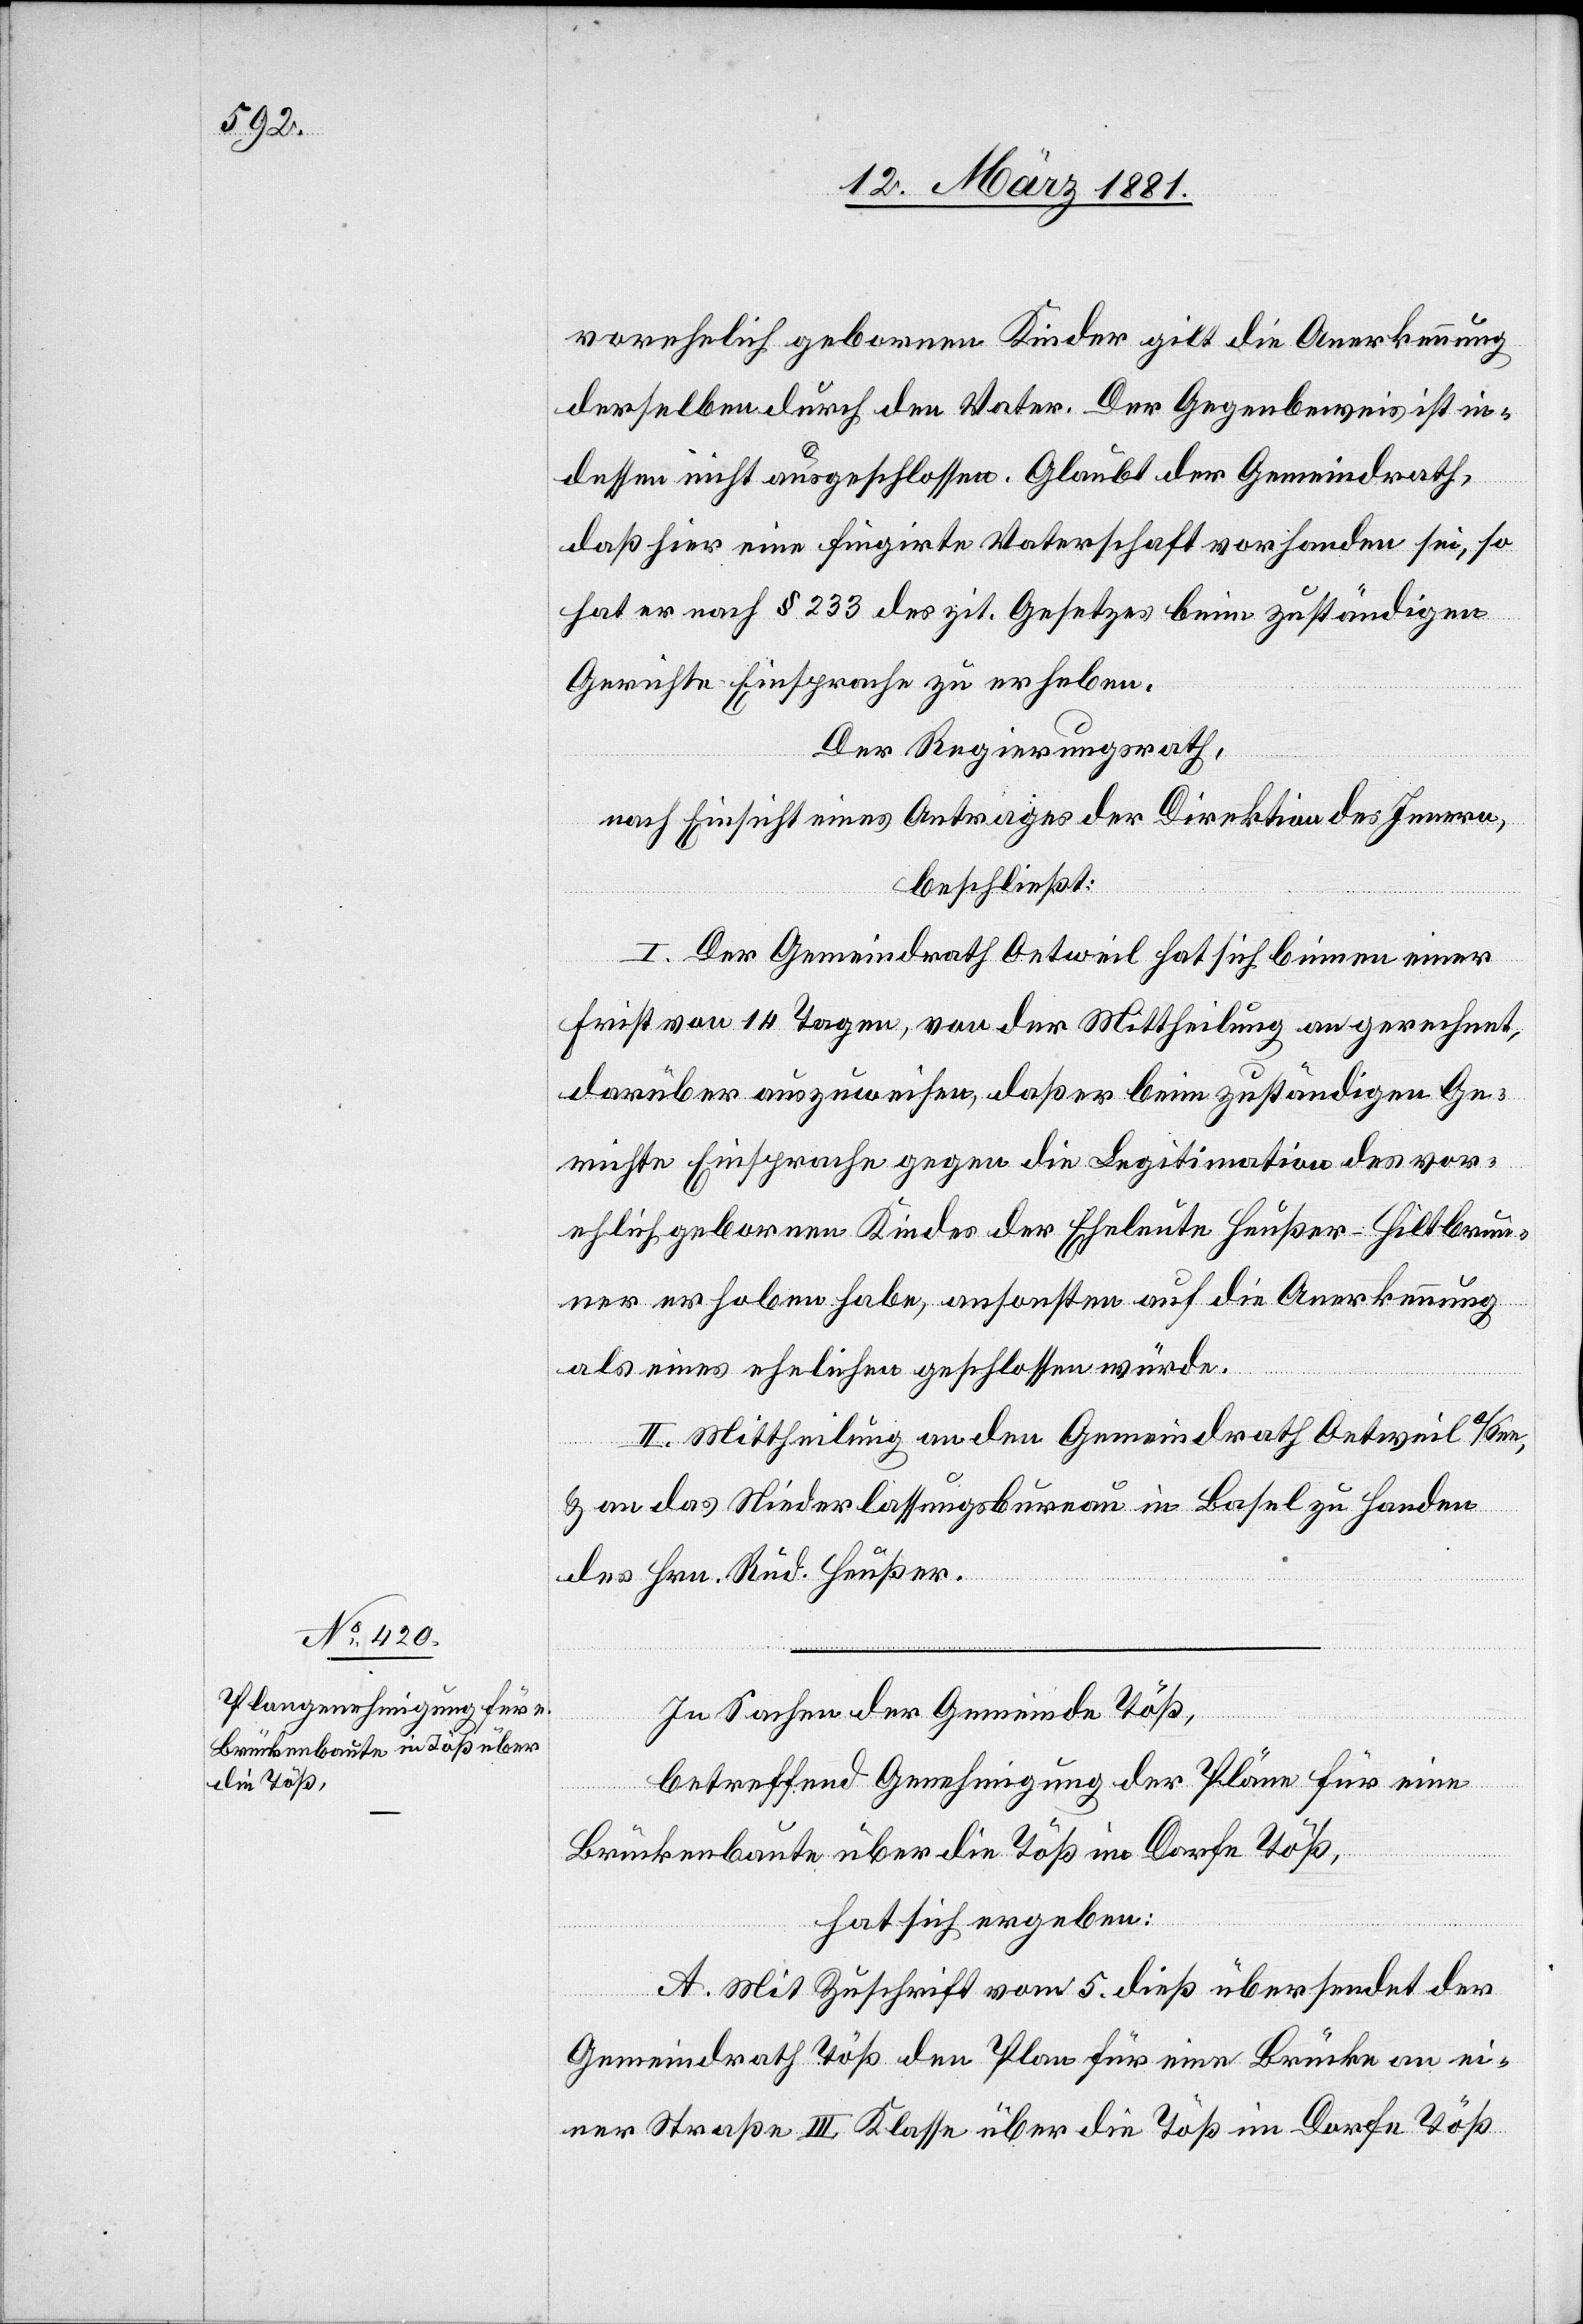
die Töß,

vorehelich gebornen Kinder gilt die Anerkennung
derselben durch den Vater. Der Gegenbeweis ist in¬
dessen nicht ausgeschlossen. Glaubt der Gemeindrath,
daß hier eine fingirte Vaterschaft vorhanden sei, so
hat er nach § 233 des zit. Gesetzes beim zuständigen
Gerichte Einsprache zu erheben.
Der Regierungsrath,
nach Einsicht eines Antrages der Direktion des Innern,
beschließt:
I. Der Gemeindrath Oetweil hat sich binnen einer
Frist von 14 tagen, von der Mittheilung an gerechnet,
darüber auszuweisen, daß er beim zuständigen Ge¬
richte Einsprache gegen die Legitimation des vor¬
ehelich gebornen Kindes der Eheleute Heußer-Hiltbrun¬
ner erhoben habe, ansonsten auf die Anerkennung
als eines ehelichen geschlossen würde.
II. Mittheilung an den Gemeindrath Oetweil a/See,
& an das Niederlassungsbureau in Basel zu Handen
des Hrn. Rud. Heußer.
In Sachen der Gemeinde Töß,
betreffend Genehmigung der Pläne für eine
hat sich ergeben:
A. Mit Zuschrift vom 5. dieß übersendet der
Gemeindrath Töß den Plan für eine Brücke an ei¬
ner Straße III. Klasse über die Töß im Dorfe Töß